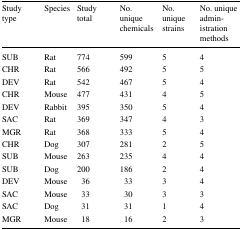
<table><thead><tr><td><b>Study type</b></td><td><b>Species</b></td><td><b>Study total</b></td><td><b>No. unique chemicals</b></td><td><b>No. unique strains</b></td><td><b>No. unique administration methods</b></td></tr></thead><tbody><tr><td>SUB</td><td>Rat</td><td>774</td><td>599</td><td>5</td><td>4</td></tr><tr><td>CHR</td><td>Rat</td><td>566</td><td>492</td><td>5</td><td>5</td></tr><tr><td>DEV</td><td>Rat</td><td>542</td><td>467</td><td>5</td><td>4</td></tr><tr><td>CHR</td><td>Mouse</td><td>477</td><td>431</td><td>4</td><td>5</td></tr><tr><td>DEV</td><td>Rabbit</td><td>395</td><td>350</td><td>5</td><td>4</td></tr><tr><td>SAC</td><td>Rat</td><td>369</td><td>347</td><td>4</td><td>3</td></tr><tr><td>MGR</td><td>Rat</td><td>368</td><td>333</td><td>5</td><td>4</td></tr><tr><td>CHR</td><td>Dog</td><td>307</td><td>281</td><td>2</td><td>5</td></tr><tr><td>SUB</td><td>Mouse</td><td>263</td><td>235</td><td>4</td><td>4</td></tr><tr><td>SUB</td><td>Dog</td><td>200</td><td>186</td><td>2</td><td>4</td></tr><tr><td>DEV</td><td>Mouse</td><td>36</td><td>33</td><td>3</td><td>4</td></tr><tr><td>SAC</td><td>Mouse</td><td>33</td><td>30</td><td>3</td><td>3</td></tr><tr><td>SAC</td><td>Dog</td><td>31</td><td>31</td><td>1</td><td>4</td></tr><tr><td>MGR</td><td>Mouse</td><td>18</td><td>16</td><td>2</td><td>3</td></tr></tbody></table>